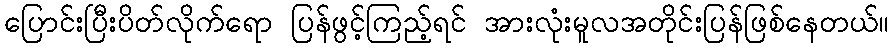
ပြောင်းပြီးပိတ်လိုက်ရော ပြန်ဖွင့်ကြည့်ရင် အားလုံးမူလအတိုင်းပြန်ဖြစ်နေတယ်။